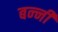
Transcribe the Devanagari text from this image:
बन्‍नी